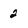
Character: 2